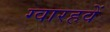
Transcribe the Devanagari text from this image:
ग्वारहवें